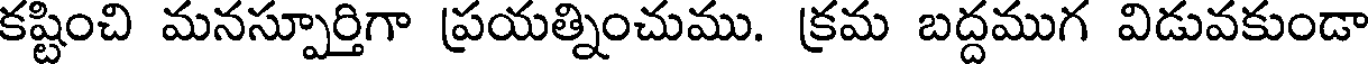
కష్టించి మనస్పూర్తిగా ప్రయత్నించుము. క్రమ బద్దముగ విడువకుండా